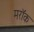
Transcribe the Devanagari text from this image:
मरॉक